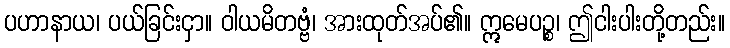
ပဟာနာယ၊ ပယ်ခြင်းငှာ။ ဝါယမိတဗ္ဗံ၊ အားထုတ်အပ်၏။ ဣမေပဉ္စ၊ ဤငါးပါးတို့တည်း။